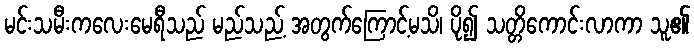
မင်းသမီးကလေးမေရီသည် မည်သည့် အတွက်ကြောင့်မသိ၊ ပို၍ သတ္တိကောင်းလာကာ သူ၏